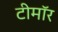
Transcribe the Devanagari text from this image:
टीमॉर